Vaccination in Bombay 1924-1928 - 1924-1928
Year: 1924
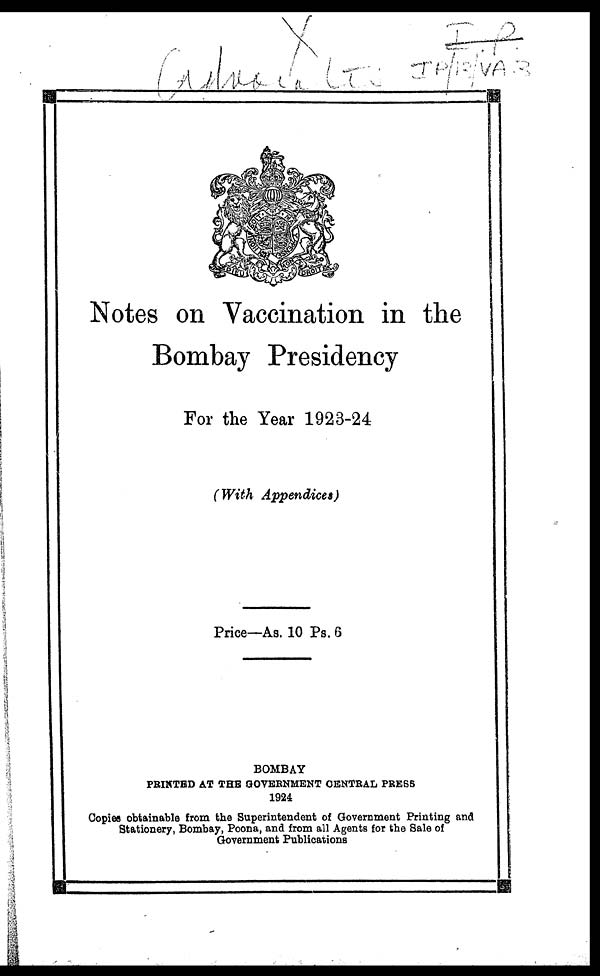
Notes on Vaccination in the
Bombay Presidency
For the Year 1923-24
(With Appendices)
Price—As. 10 Ps. 6
BOMBAY
PRINTED AT THE GOVERNMENT CENTRAL PRESS
1924
Copies obtainable from the Superintendent of Government Printing and
Stationery, Bombay, Poona, and from all Agents for the Sale of
Government Publications